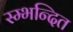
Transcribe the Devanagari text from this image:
स्म्भन्दित